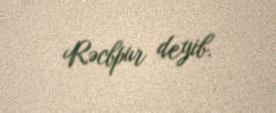
Rəcbpur deyib.